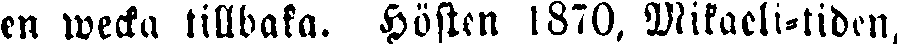
en wecka tillbaka. Hösten 1870, Mikaeli-tiden,